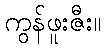
ကွန်ဖူးဇီး။